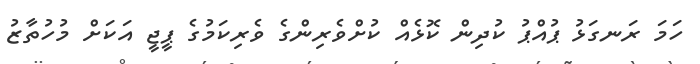
ހަމަ ރަނގަޅު ޕުއްޕު ކުދިން ކޮޅެއް ކުށްވެރިންގެ ވެރިކަމުގެ ޕީޖީ އަކަށް މުހުތާޒު